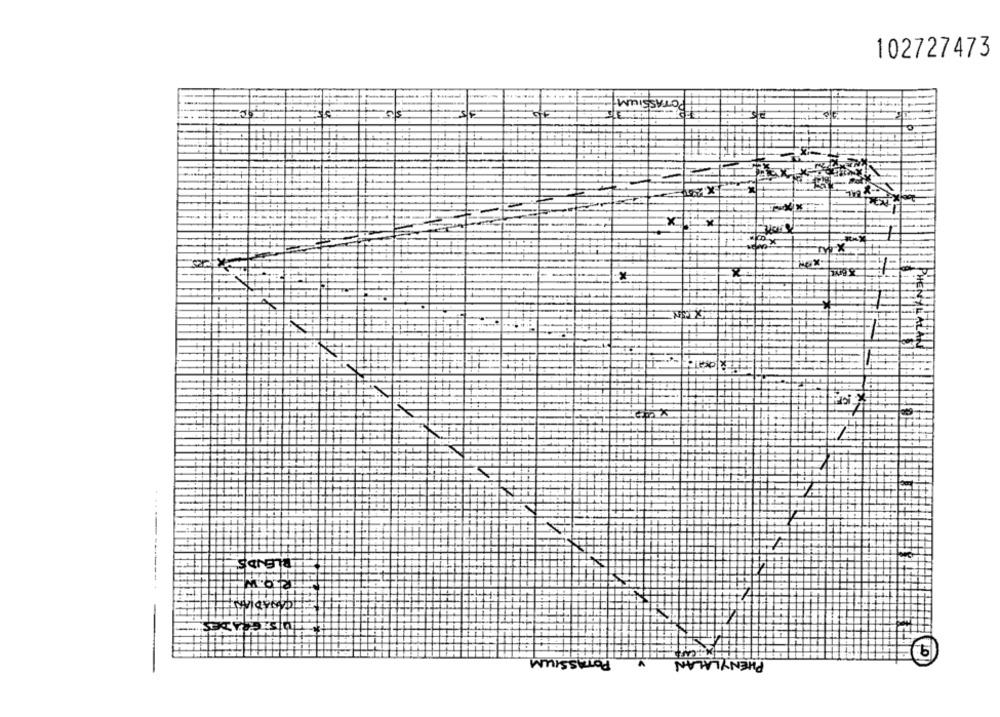
102727473
POTASSIUM
X
BLENDS
----------
-
SSIUM
PHENY